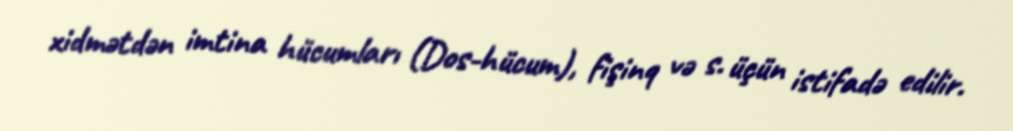
xidmətdən imtina hücumları (Dos-hücum), fişinq və s. üçün istifadə edilir.